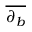
\overline { { \partial _ { b } } }